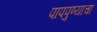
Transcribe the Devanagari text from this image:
पापपुण्याचा